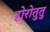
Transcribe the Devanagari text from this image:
होरोतुतु